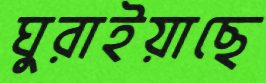
ঘুরাইয়াছে